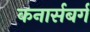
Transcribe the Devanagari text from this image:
कनार्सबर्ग